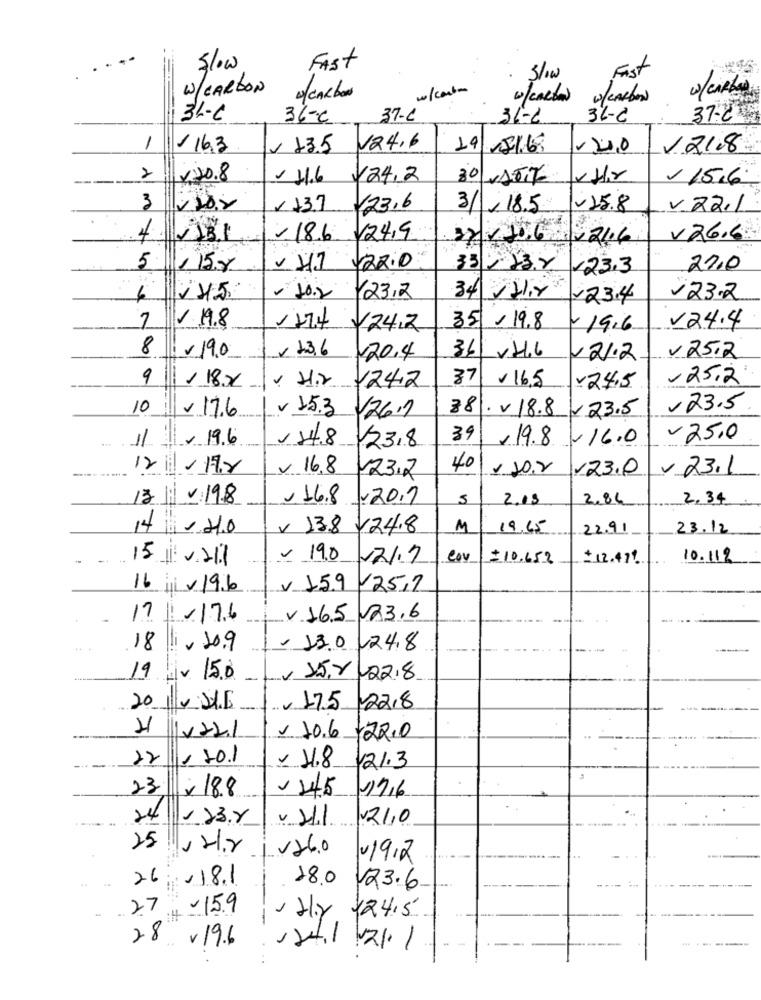
Fast
Slow
Fist
3/10
W/CARBON
w/carte
w/cAbad
0/ CARBON
W/CARBON
31-6
36-c
37-6
31-6
34-2
37.2
1
163
13.5
V24,6
19/15/68
1218
2
V:30.8
11.6
124.2
30 VATI
15.6
3
-20.2
×13.7
123.6
3/18.5
-25.8
v 22.1
-18.6.
124,9
22/ 106 - 21.6
v26.6.
5 ,158
23.3
27,0
34 /2/2
6
- 10.2
Y23,2
23.4
23.2
V 19.8
7
1174 /24.2
35 -19.8
- 19.6
V24.4
8 / 190
23.6 /20.4
36 v216
121.2
25,2
37
16.5
25.2
9 1/18X
124.2
24,5
10
~176
78
. v 18.8
123.5
,23.5
V 15.3 126.1
.. 1/ 11 / 19.6
00
39
19.8-16.0
-25,0
123,8
12-172
v 16.8
123.2
40
- 20.0
123.0
V 23.1
13 | 2 198
16.8 -20.1
5
2.05
2.84
2,34
14/ 2/0
v 138 124.8
M
19.65
22.91
23.12
-
15 /1/221
- 190 12/7
lov
= 10.652
+12.471.
10.112
16 jiv 196
V 159 /25.7
-
17/176
V 165 23.6
18 209
- 130 24.8
19 v 150
v 15.Y -22.8
-.
20 0 216
v 17.5|2218
11/22/
v. 10.6.22.0
-
22 / 201
y 11.8 121.3
23
x 188
21.1 210
25
i v 26.0
-1912
26
,18.1
18.0
123.6
-
.27
-15.9
-
Hly 124.5
28
v 19.6
1241 21/